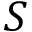
S